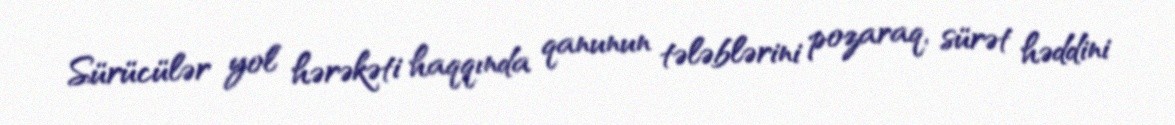
Sürücülər yol hərəkəti haqqında qanunun tələblərini pozaraq, sürət həddini